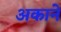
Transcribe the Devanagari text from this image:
अकाने